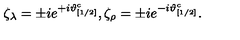
\zeta _ { \lambda } = \pm i e ^ { + i \vartheta _ { [ 1 / 2 ] } ^ { c } } , \zeta _ { \rho } = \pm i e ^ { - i \vartheta _ { [ 1 / 2 ] } ^ { c } } .